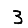
Digit: 3